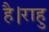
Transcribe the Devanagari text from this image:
है।राहु